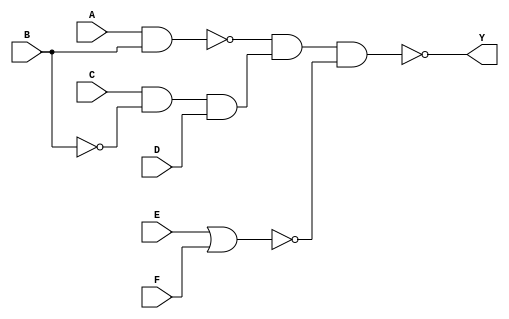
/*
* Objective: Using inbuit gates in Verilog
* Version: 1.0.01
* Status: It is ok to run and test is passed.
* Other files: Not required
* Status: Ok
*/

module example(A, B, C, D, E, F, Y);
	input A, B, C, D, E, F;
	output Y;
	wire t1, t2, t3, Y;
	nand #1 G1(t1, A, B);
	and #2 G2(t2, C, ~B, D);
	nor #1 G3(t3, E, F);
	nand #1 G4(Y, t1, t2, t3);
endmodule

module testbench;
	reg A, B, C, D, E, F;
	wire Y;
	example DUT(A, B, C, D, E, F, Y);

	initial
	begin
		$dumpfile("example.vcd");
		$dumpvars(0,testbench);
		$monitor ($time, "A=%b, B=%b, C=%b, D=%b, E=%b, F=%b, Y=%b", A, B, C, D, E, F, Y);
		#5 A=1; B=0; C=0; D=1; E=0; F=0;
		#5 A=0; B=0; C=1; D=1; E=0; F=0;
		#5 A=1; C=0;
		#5 F=1;
		#5 $finish;
	end

endmodule